Cholera in southern India
Disease focus: Cholera
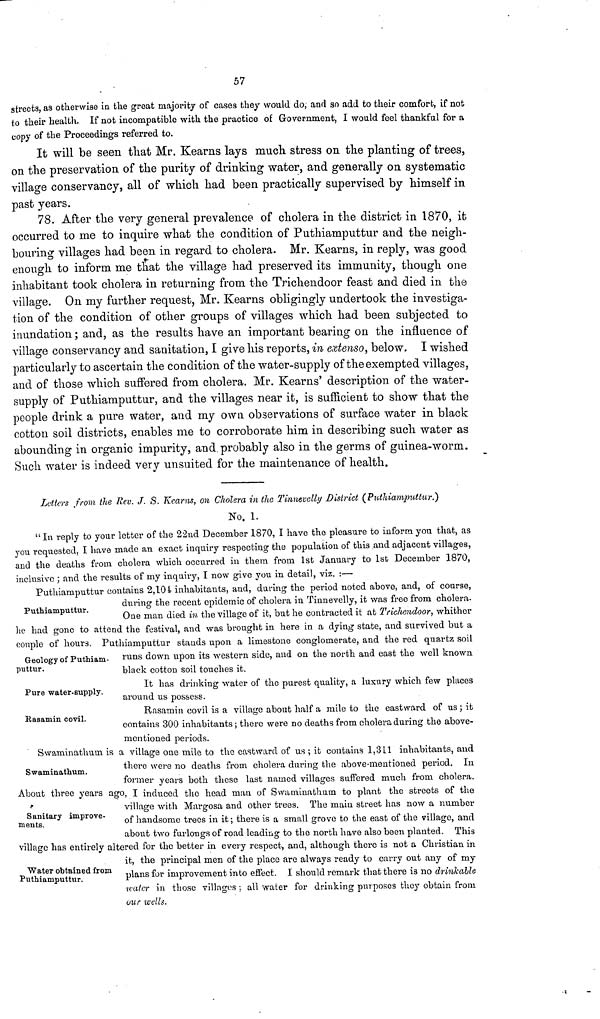
57
streets, as otherwise in the great majority of cases they would do, and so add to their comfort, if not
to their health. If not incompatible with the practice of Government, I would feel thankful for a
copy of the Proceedings referred to.
It will be seen that Mr. Kearns lays much stress on the planting of trees,
on the preservation of the purity of drinking water, and generally on systematic
village conservancy, all of which had been practically supervised by himself in
past years.
78. After the very general prevalence of cholera in the district in 1870, it
occurred to me to inquire what the condition of Puthiamputtur and the neigh-
bouring villages had been in regard to cholera. Mr. Kearns, in reply, was good
enough to inform me that the village had preserved its immunity, though one
inhabitant took cholera in returning from the Trichendoor feast and died in the
village. On my further request, Mr. Kearns obligingly undertook the investiga-
tion of the condition of other groups of villages which had been subjected to
inundation; and, as the results have an important bearing on the influence of
village conservancy and sanitation, I give his reports, in extenso, below. I wished
particularly to ascertain the condition of the water-supply of the exempted villages,
and of those which suffered from cholera. Mr. Kearns' description of the water-
supply of Puthiamputtur, and the villages near it, is sufficient to show that the
people drink a pure water, and my own observations of surface water in black
cotton soil districts, enables me to corroborate him in describing such water as
abounding in organic impurity, and probably also in the germs of guinea-worm.
Such water is indeed very unsuited for the maintenance of health.
Letters from the Rev. J. S. Kearns, on Cholera in the Tinnevelly District (Puthiamputtur.)
No. 1.
" In reply to your letter of the 22nd December 1870, I have the pleasure to inform you that, as
you requested, I have made an exact inquiry respecting the population of this and adjacent villages,
and the deaths from cholera which occurred in them from 1st January to 1st December 1870,
inclusive ; and the results of my inquiry, I now give you in detail, viz. :—
Puthiamputtur.
Puthiamputtur contains 2,104 inhabitants, and, during the period noted above, and, of course,
during the recent epidemic of cholera in Tinnevelly, it was free from cholera.
One man died in the village of it, but he contracted it at Trichendoor, whither
he had gone to attend the festival, and was brought in here in a dying state, and survived but a
couple of hours. Puthiamputtur stands upon a limestone conglomerate, and the red quartz soil
runs down upon its western side, and on the north and east the well known
black cotton soil touches it.
Geology of Puthiam-
puttur.
Pure water-supply.
It has drinking water of the purest quality, a luxury which few places
around us possess.
Rasamin covil.
Rasamin covil is a village about half a mile to the eastward of us ; it
contains 300 inhabitants ; there were no deaths from cholera during the above-
mentioned periods.
Swaminathum.
Swaminathum is a village one mile to the eastward of us ; it contains 1,311 inhabitants, and
there were no deaths from cholera during the above-mentioned period. In
former years both these last named villages suffered much from cholera.
Sanitary improve-
ments.
About three years ago, I induced the head man of Swaminathum to plant the streets of the
village with Margosa and other trees. The main street has now a number
of handsome trees in it; there is a small grove to the east of the village, and
about two furlongs of road leading to the north have also been planted. This
village has entirely altered for the better in every respect, and, although there is not a Christian in
it, the principal men of the place are always ready to carry out any of my
plans for improvement into effect. I should remark that there is no drinkable
water in those villages ; all water for drinking purposes they obtain from
our wells.
Water obtained from
Puthiamputtur.